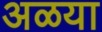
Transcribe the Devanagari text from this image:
अळया